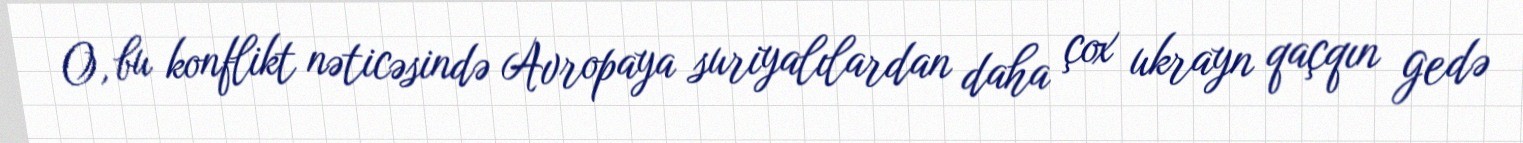
O, bu konflikt nəticəsində Avropaya suriyalılardan daha çox ukrayn qaçqın gedə